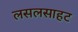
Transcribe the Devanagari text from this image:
लसलसाहट